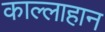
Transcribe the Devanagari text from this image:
काल्लाहान